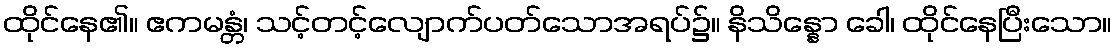
ထိုင်နေ၏။ ဧကမန္တံ၊ သင့်တင့်လျောက်ပတ်သောအရပ်၌။ နိသိန္နော ခေါ၊ ထိုင်နေပြီးသော။